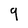
Character: 9